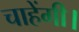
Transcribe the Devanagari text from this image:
चाहेंगी।